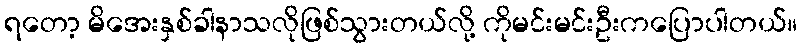
ရတော့ မိအေးနှစ်ခါနာသလိုဖြစ်သွားတယ်လို့ ကိုမင်းမင်းဦးကပြောပါတယ်။